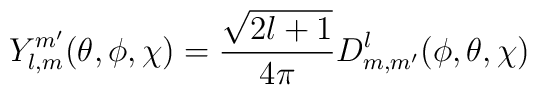
Y_{l,m}^{m'}(\theta,\phi,\chi)=\frac{\sqrt{2l+1}}{4\pi}D^{l}_{m,m'}(\phi,\theta, \chi)